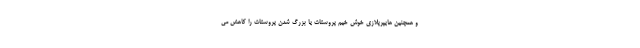
و همچنین هایپرپلازی خوش خیم پروستات یا بزرگ شدن پروستات را کاهش می